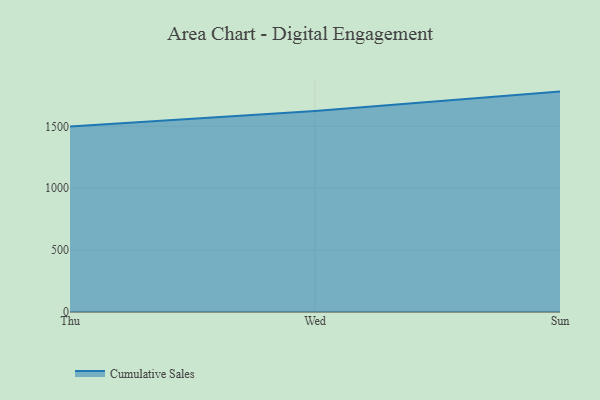
{"axis": {"x": "Day", "y": "LTV (USD)"}, "legend": ["Cumulative Sales"], "data": [{"x": "Thu", "y": 1499.4, "type": "Cumulative Sales"}, {"x": "Wed", "y": 1624.3, "type": "Cumulative Sales"}, {"x": "Sun", "y": 1780.8, "type": "Cumulative Sales"}]}